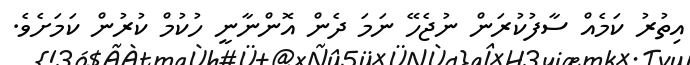
އިތުރު ކަމެއް ސާފުކުރަން ނުޖެހޭ ނަމަ ދެން އޮންނާނީ ހުކުމް ކުރުން ކަމަށެވެ.